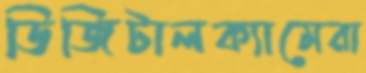
ডিজিটালক্যামেরা